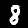
Digit: 8